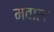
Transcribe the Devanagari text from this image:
मवाल